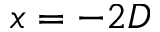
x = - 2 D